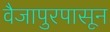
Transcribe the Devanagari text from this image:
वैजापुरपासून